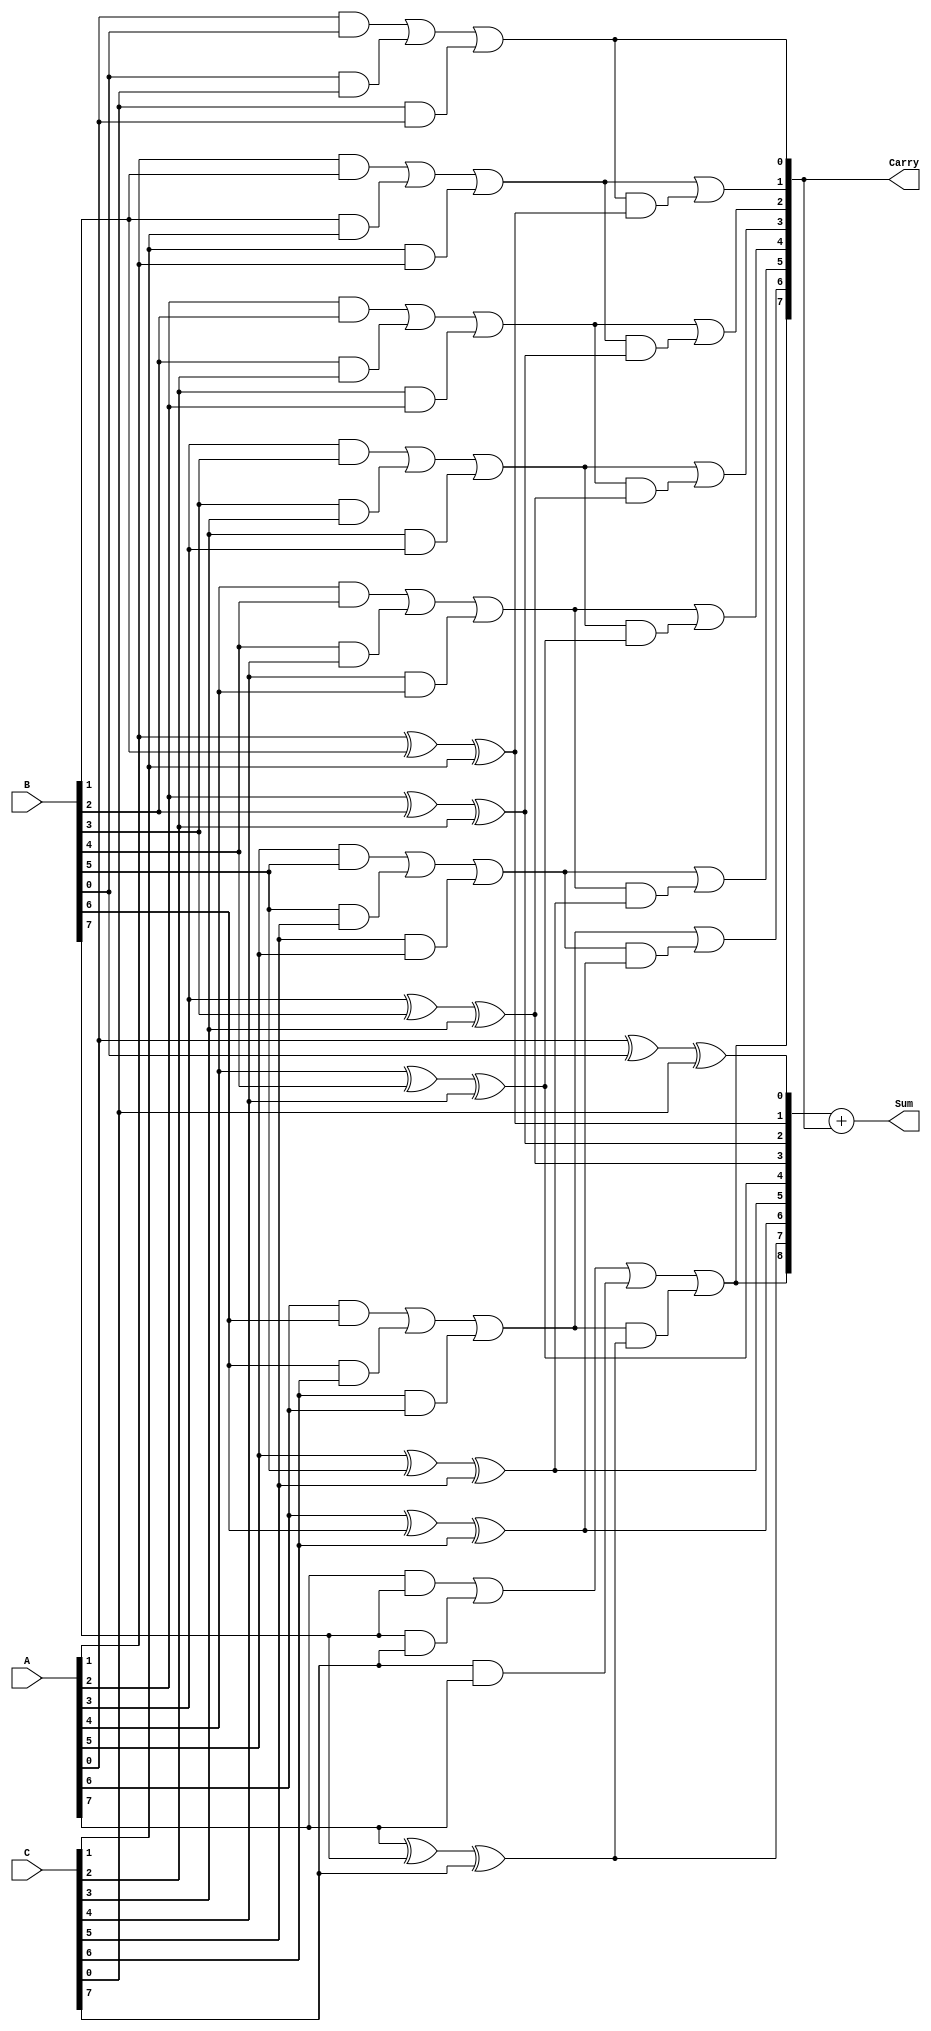
module ModifiedCarrySaveAdder #(parameter n = 8) (
    input [n-1:0] A,  // First input
    input [n-1:0] B,  // Second input
    input [n-1:0] C,  // Third input
    output [n:0] Sum, // Resultant sum (n+1 bits)
    output [n-1:0] Carry // Carry output (n bits)
);

    wire [n-1:0] S;    // Partial sums
    wire [n-1:0] C_temp; // Temporary carries

    // Generate partial sums and carries
    genvar i;
    generate
        for (i = 0; i < n; i = i + 1) begin : adder_logic
            assign S[i] = A[i] ^ B[i] ^ C[i]; // Partial sum
            assign C_temp[i] = (A[i] & B[i]) | (B[i] & C[i]) | (C[i] & A[i]); // Carry
        end
    endgenerate

    // Final carry propagation
    wire [n-1:0] carry_out;
    assign carry_out[0] = C_temp[0]; // LSB carry is directly from C_temp

    generate
        for (i = 1; i < n; i = i + 1) begin : carry_propagation
            assign carry_out[i] = C_temp[i] | (C_temp[i-1] & (A[i] ^ B[i] ^ C[i])); // Propagate carry
        end
    endgenerate

    // Final sum calculation
    assign Sum = {carry_out[n-1], S} + carry_out; // Add carry to partial sums

    // Assign final carry output
    assign Carry = carry_out;

endmodule